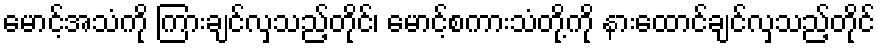
မောင့်အသံကို ကြားချင်လှသည့်တိုင်၊ မောင့်စကားသံတို့ကို နားထောင်ချင်လှသည့်တိုင်